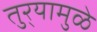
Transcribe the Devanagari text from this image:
तुर्‍यामुळे